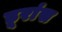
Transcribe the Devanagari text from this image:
डूरांस